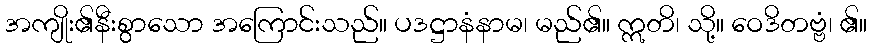
အကျိုး၏နီးစွာသော အကြောင်းသည်။ ပဒဋ္ဌာနံနာမ၊ မည်၏။ ဣတိ၊ သို့။ ဝေဒိတဗ္ဗံ၊ ၏။